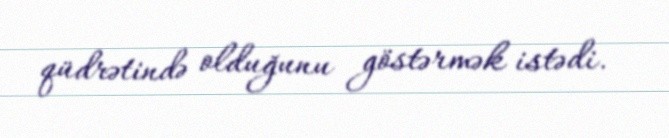
qüdrətində olduğunu göstərmək istədi.